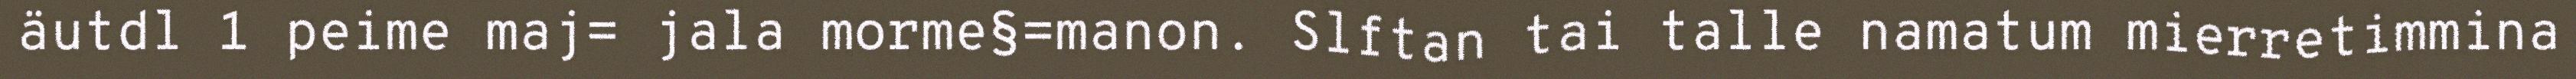
äutdl 1 peime maj= jala morme§=manon. Slftan tai talle namatum mierretimmina